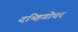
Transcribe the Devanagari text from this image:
दष्ष्टिगोचर